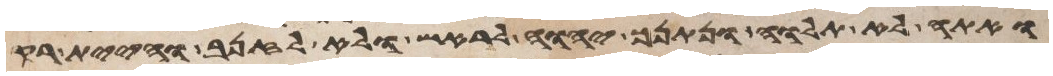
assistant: ואתה לא תלוה ונתנך יהוה לראש ולא לזנב והיית רק